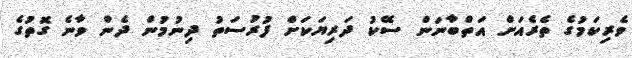
ވެރިކަމުގެ ތެރެއަށް އަތްބާނަން ސޭކު ދަރިޔަކަށް ފުރުސަތު ދިނުމުން ދެން ވާނެ ގޮތުގެ